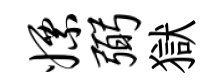
嫖弼獄